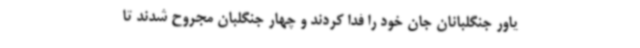
یاور جنگلبانان جان خود را فدا کردند و چهار جنگلبان مجروح شدند تا